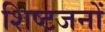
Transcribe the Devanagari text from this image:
शिष्टजनों